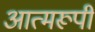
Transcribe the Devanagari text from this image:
आत्मरूपी